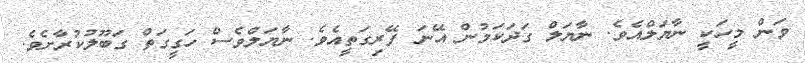
ވަން މީހަކީ ނާޔަލްއެވެ. ނާޔަލް ގަދަކަމުން އޭނަ ފޭރިގަތީއެވެ. ނާޔަލްވެސް ހަގީގަތް ގަބޫލުކުރާށެވެ.